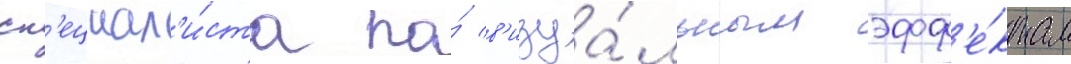
сп'ециал'и́ста по́ в'изуа́льным эфф'е́ктам